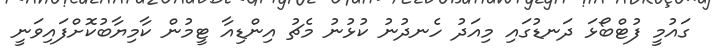
ގައުމީ ފުޓްބޯޅަ ދަނޑުގައި މިއަދު ހެނދުނު ކުޅުނު މެޗު އިންޑިއާ ޓީމުން ކާމިޔާބުކޮށްފައިވަނީ